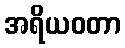
အရိယဝတာ